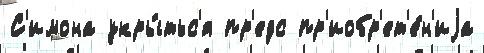
С'имона укры́тьс'я пр'едс пр'иобр'ет'е́н'иjа